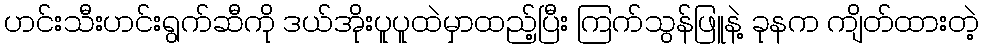
ဟင်းသီးဟင်းရွက်ဆီကို ဒယ်အိုးပူပူထဲမှာထည့်ပြီး ကြက်သွန်ဖြူနဲ့ ခုနက ကျိတ်ထားတဲ့